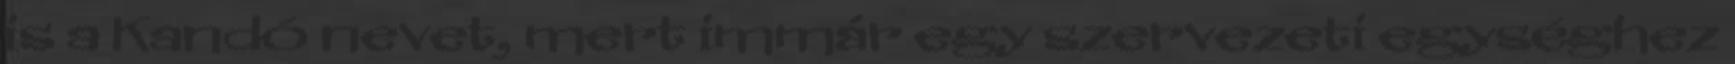
is a Kandó nevet, mert immár egy szervezeti egységhez